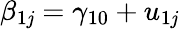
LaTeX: \beta_{1\mathit{j}}=\gamma_{10}+u_{1\mathit{j}}